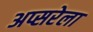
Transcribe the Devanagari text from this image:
अप्सरेला